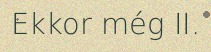
Ekkor még II.